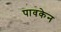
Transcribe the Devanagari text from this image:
पावकेन